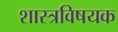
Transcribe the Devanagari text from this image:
शास्त्रविषयक